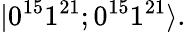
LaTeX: |0^{15}1^{21};0^{15}1^{21}\rangle.